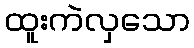
ထူးကဲလှသော